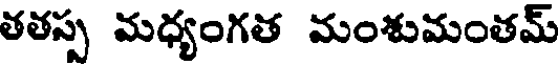
తతస్ప మధ్యంగత మంశుమంతమ్